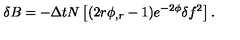
\delta B = - \Delta t N \left[ ( 2 r \phi _ { , r } - 1 ) e ^ { - 2 \phi } \delta f ^ { 2 } \right] .